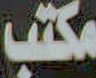
مكتب